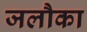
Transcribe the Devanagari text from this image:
जलौका